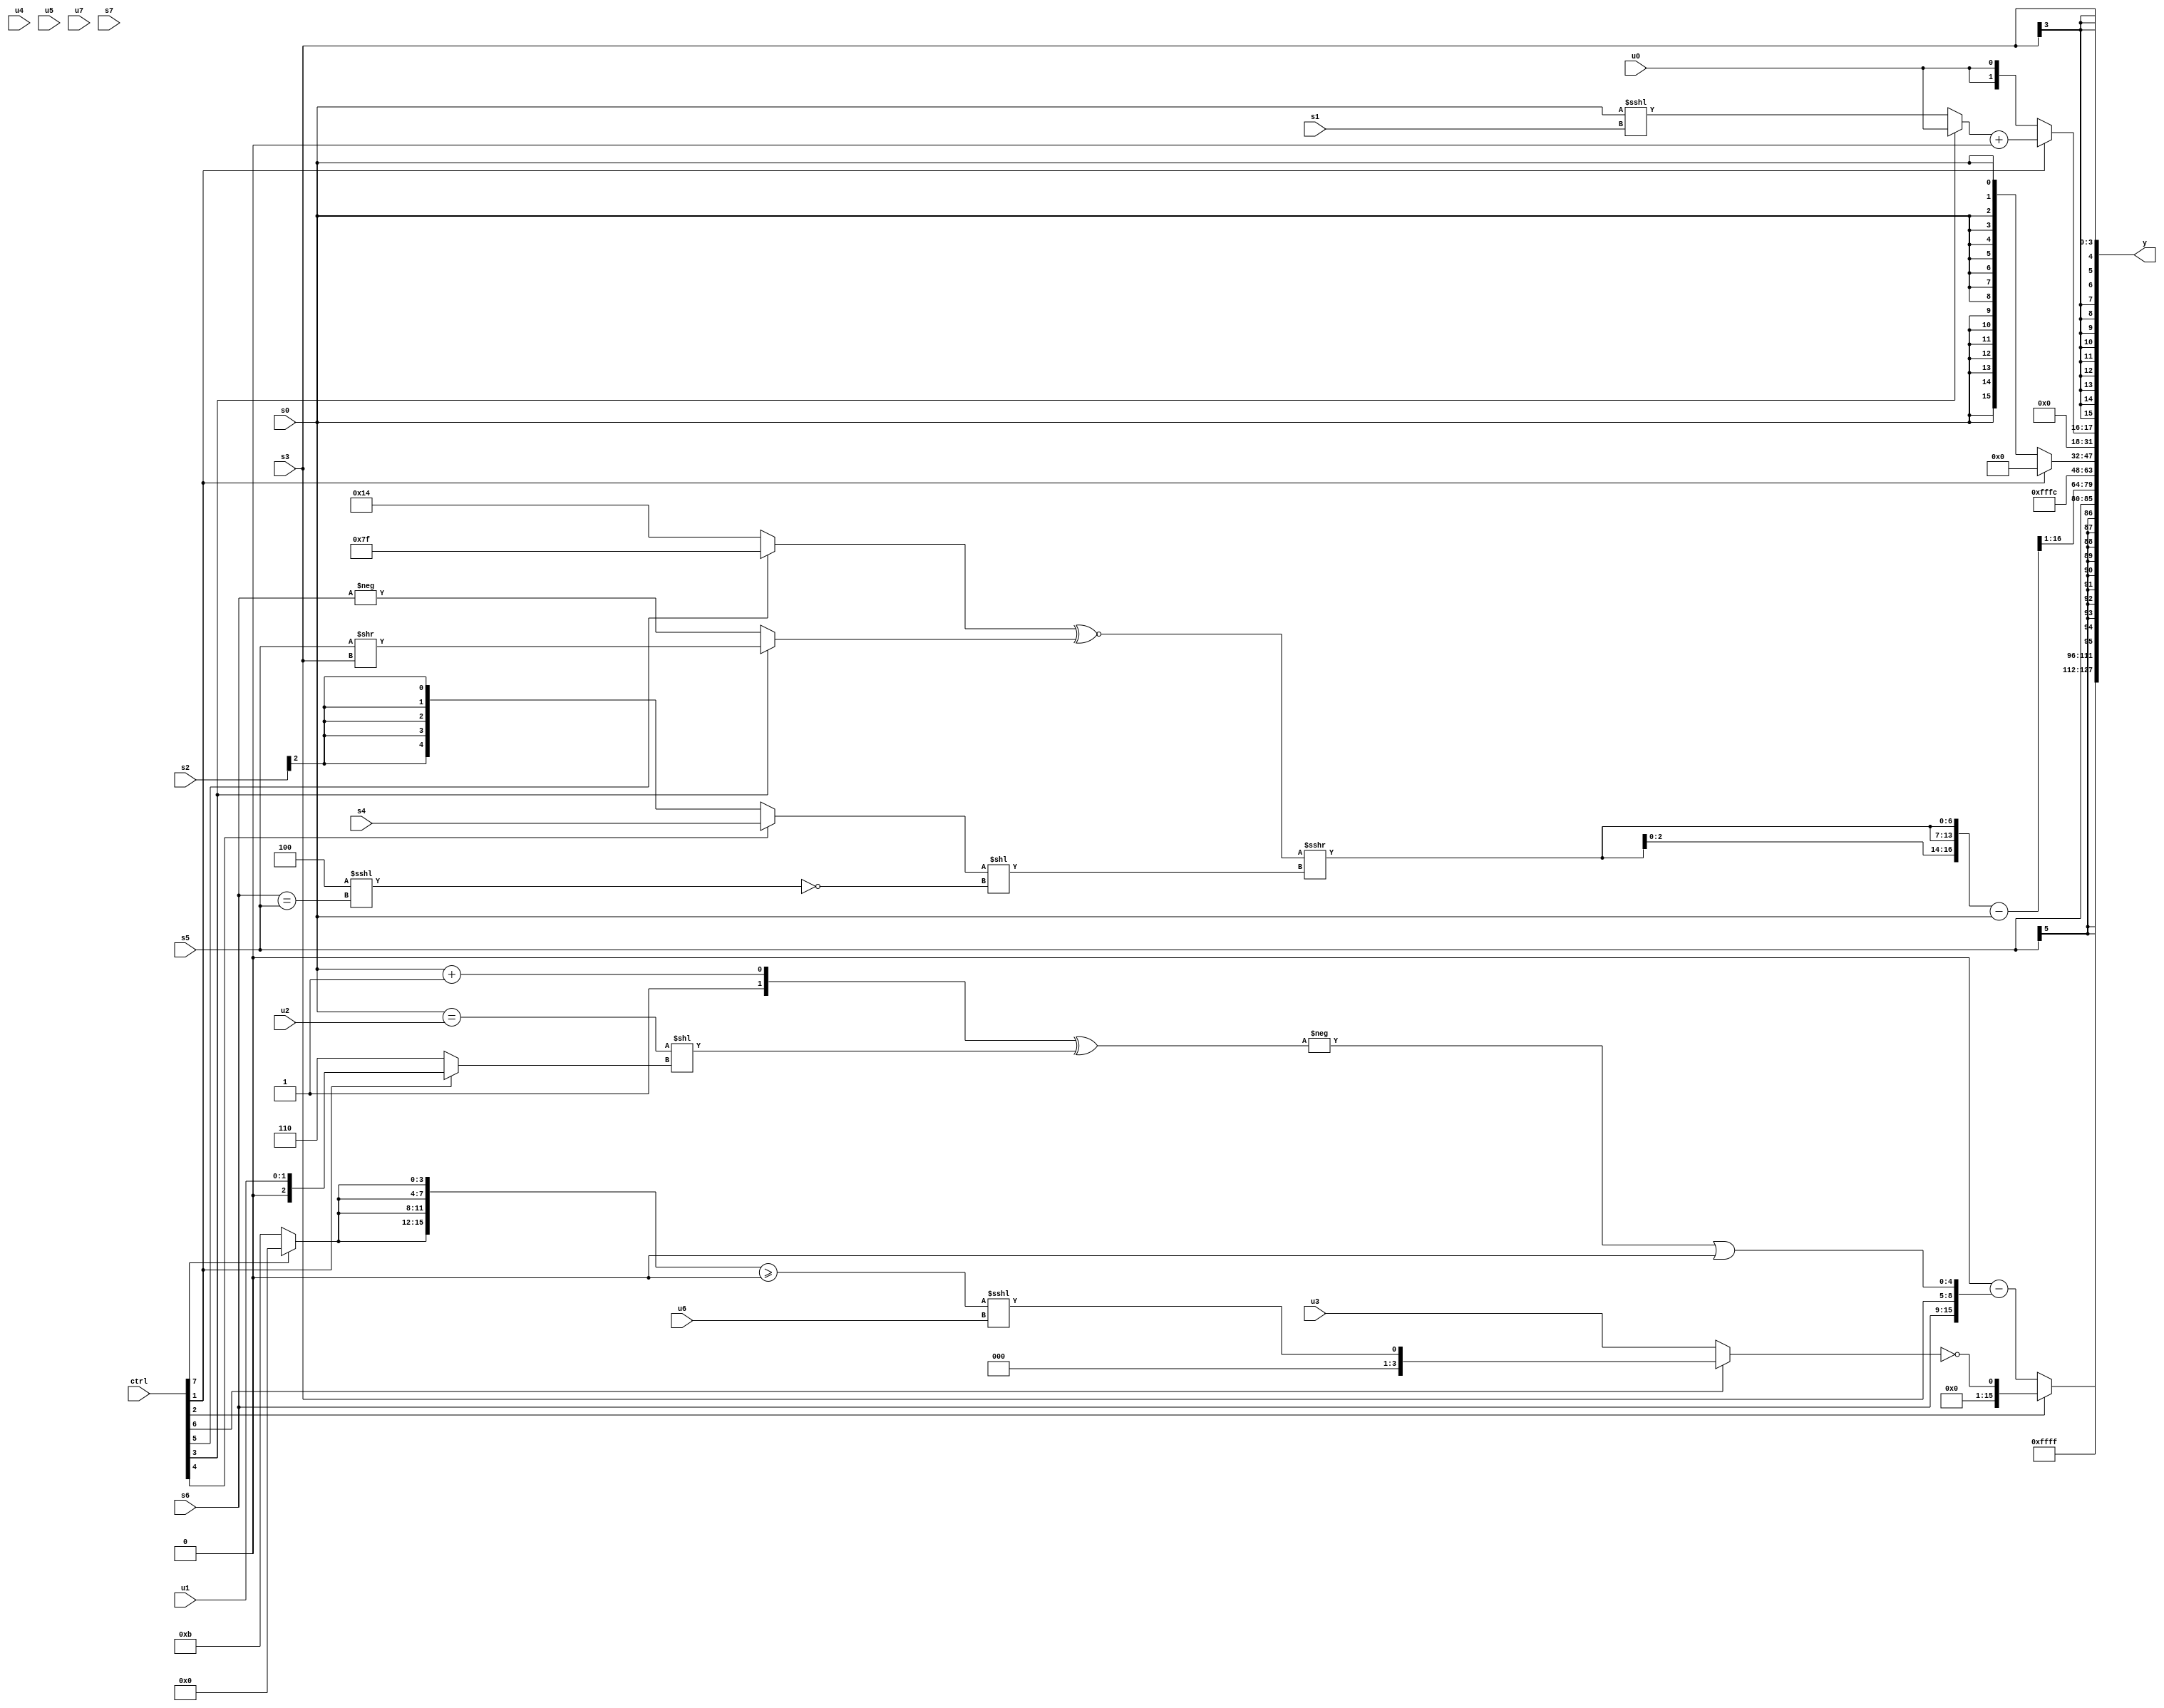
module wideexpr_00884(ctrl, u0, u1, u2, u3, u4, u5, u6, u7, s0, s1, s2, s3, s4, s5, s6, s7, y);
  input [7:0] ctrl;
  input [0:0] u0;
  input [1:0] u1;
  input [2:0] u2;
  input [3:0] u3;
  input [4:0] u4;
  input [5:0] u5;
  input [6:0] u6;
  input [7:0] u7;
  input signed [0:0] s0;
  input signed [1:0] s1;
  input signed [2:0] s2;
  input signed [3:0] s3;
  input signed [4:0] s4;
  input signed [5:0] s5;
  input signed [6:0] s6;
  input signed [7:0] s7;
  output [127:0] y;
  wire [15:0] y0;
  wire [15:0] y1;
  wire [15:0] y2;
  wire [15:0] y3;
  wire [15:0] y4;
  wire [15:0] y5;
  wire [15:0] y6;
  wire [15:0] y7;
  assign y = {y0,y1,y2,y3,y4,y5,y6,y7};
  assign y0 = $signed(2'sb11);
  assign y1 = (ctrl[2]?!((ctrl[6]?{((+({4{(ctrl[7]?4'sb0000:4'sb1011)}}))>=(+($signed(1'sb0))))<<<({u6})}:u3)):(5'sb00000)-({s6,s3,($signed(-(({(4'sb1110)^(2'sb11),(s0)+(1'sb1)})^(((s0)==(u2))<<((ctrl[1]?u1:3'b110))))))|($signed(1'sb0))}));
  assign y2 = s5;
  assign y3 = (({4{(((ctrl[5]?(ctrl[5]?-(1'b1):(ctrl[2]?4'sb1110:s6)):$signed(-(5'sb01100))))^~(+((ctrl[3]?(s5)>>(s3):-(s6)))))>>>(((ctrl[4]?s4:(s2)>>>({2{1'sb1}})))<<(!(($unsigned(6'sb000100))<<<((s6)==(s5)))))}})-($signed(s0)))>>(~&(({4{($signed(({5'sb11010,5'b00001,3'sb001,1'sb1})>=(4'sb0111)))<<($signed(4'sb1110))}})^(2'b01)));
  assign y4 = 3'sb100;
  assign y5 = (ctrl[1]?+(1'sb0):s0);
  assign y6 = (ctrl[1]?$signed(((ctrl[3]?u0:$signed((s0)<<<(s1))))+(4'sb0000)):{2{+(u0)}});
  assign y7 = s3;
endmodule